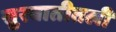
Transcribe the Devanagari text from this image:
सुरवातीतली